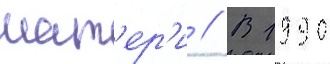
мат'ер'и // В 1990